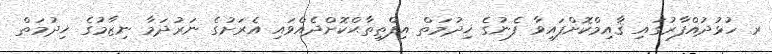
ރ ހުޅުދުއްފާރުގައި ޤާއިމްކޮށްފައިވާ ފެނުގެ ޚިދުމަތް އިފްތިތާޙްކޮށްދެއްވައި އެރަށުގެ ނަރުދަމާ ނިޒާމުގެ ޚިދުމަތް